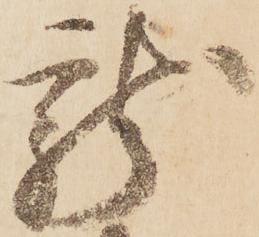
龍